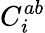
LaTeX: C_{i}^{ab}